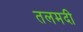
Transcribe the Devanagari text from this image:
तलमदी